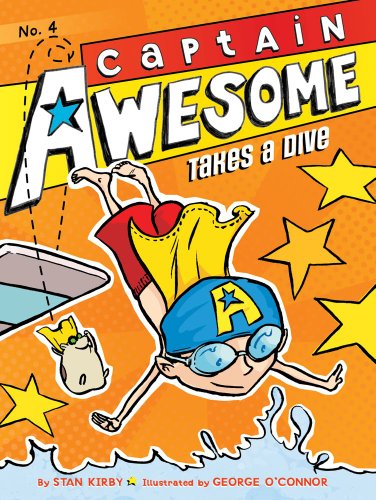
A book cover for Captain Awesome Takes a Dive; Stan Kirby; Children's Books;